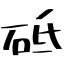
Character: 砥